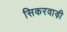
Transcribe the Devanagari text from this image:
सिकरवाड़ी